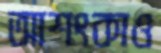
আশংকাও